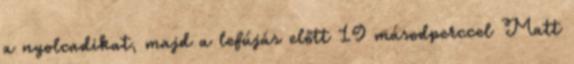
a nyolcadikat, majd a lefújás előtt 19 másodperccel Matt